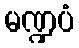
မဏ္ဍပံ